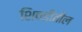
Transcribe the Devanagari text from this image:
शिवडीतील